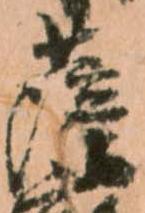
薩